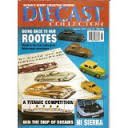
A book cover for Diecast Collector Magazine Issue 15 February 1999; Diecast Collector; Crafts, Hobbies & Home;